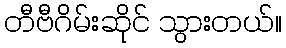
တီဗီဂိမ်းဆိုင် သွားတယ်။